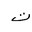
Letter: _ta